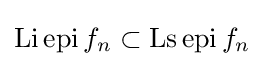
\mathop {\mathrm {Li} } \mathop {\mathrm {epi} } f_{n}\subset \mathop {\mathrm {Ls} } \mathop {\mathrm {epi} } f_{n}